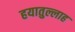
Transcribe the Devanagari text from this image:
हयातुल्लाह